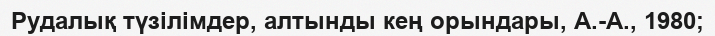
Рудалық түзілімдер, алтынды кең орындары, А.-А., 1980;